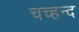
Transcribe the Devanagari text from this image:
चच्हन्द